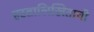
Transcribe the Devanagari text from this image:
हस्तालिखिताची